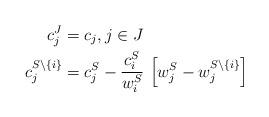
LaTeX: \begin{align*}c^J_j & = c_j, j \in J \\c^{S \setminus \{i\}}_j & = c^S_j - \frac{c_i^S}{w_i^S} \,\left[w^S_j - w^{S \setminus \{i\}}_j\right]\end{align*}